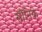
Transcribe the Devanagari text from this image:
सौनिक